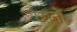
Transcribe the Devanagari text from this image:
छानों